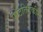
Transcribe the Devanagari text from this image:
पोटतिडकीनं